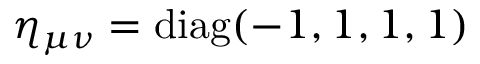
\eta _ { \mu \nu } = \operatorname { d i a g } ( - 1 , 1 , 1 , 1 )